Lunatic asylums Madras 1877-1891 - 1877-1891
Year: 1877
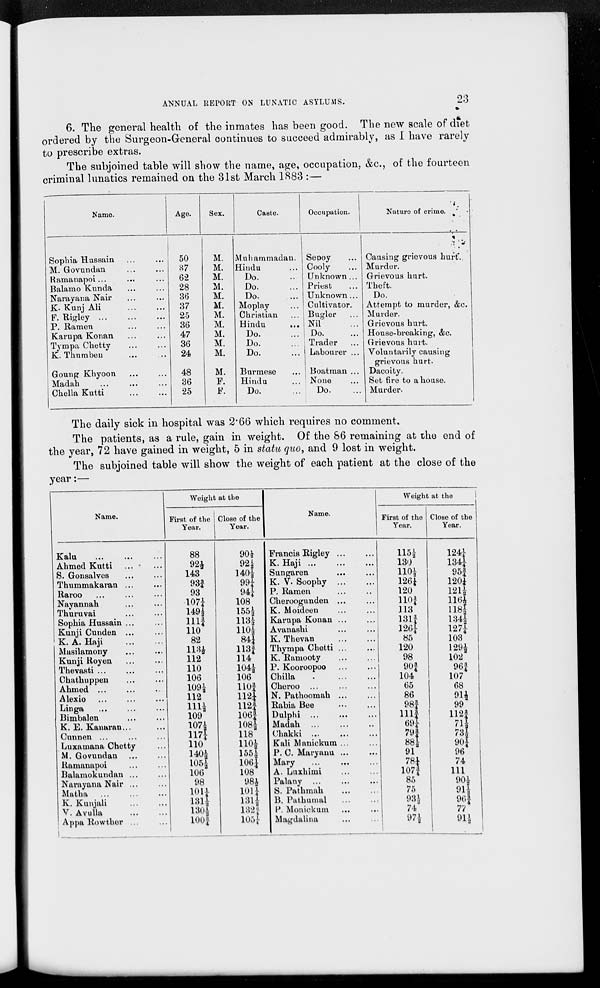
23
ANNUAL REPORT ON LUNATIC ASYLUMS.
6. The general health of the inmates has been good. The new scale of diet
ordered by the Surgeon-General continues to succeed admirably, as I have rarely
to prescribe extras.
The subjoined table will show the name, age, occupation, &c., of the fourteen
criminal lunatics remained on the 31st March 1883 :—
Name.
Sophia Hussain ... ...
M. Govundan ... ...
Ramanapoi ... ... ...
Balamo Kunda ... ...
Narayana Nair ... ...
K. Kunj Ali ... ...
F.
Rigley
...
...
...
P. Ramen ... ...
Karupa Konan ... ...
Tympa Chetty ... ...
K. Thumbeu ... ...
Goung Khyoon ... ...
Madah
...
...
...
Chella Kutti ... ...
Age.
50
37
62
28
36
37
25
36
47
36
24
48
36
25
Sex.
M.
M.
M.
M.
M.
M.
M.
M.
M.
M.
M.
M.
F.
F.
Caste.
Muhammadan.
Hindu ...
Do. ...
Do. ...
Do. ...
Moplay ...
Christian ...
Hindu ...
Do. ...
Do. ...
Do. ...
Burmese ...
Hindu ...
Do. ...
Occupation.
Sepoy ...
Cooly ...
Unknown ...
Priest ...
Unknown ...
Cultivator.
Bugler ...
Nil ...
Do. ...
Trader
...
Labourer ...
Boatman ...
None ...
Do. ...
Nature of crime.
Causing grievous hurt
Murder.
Grievous hurt.
Theft.
Do.
Attempt to murder, &c.
Murder.
Grievous hurt.
House-breaking, &c.
Grievous hurt.
Voluntarily causing
grievous hurt.
Dacoity.
Set fire to a house.
Murder.
The daily sick in hospital was 2.66 which requires no comment.
The patients, as a rule, gain in weight. Of the 86 remaining at the end of
the year, 72 have gained in weight, 5 in statu quo, and 9 lost in weight.
The subjoined table will show the weight of each patient at the close of the
year:—
Name.
Kalu ... ... ...
Ahmed Kutti ... ...
S. Gonsalves ... ...
Thummakaran ... ...
Raroo ... ... ...
Nayannah ... ...
Thuruvai ... ...
Sophia Hussain ... ...
Kunji Cunden ...
K. A. Haji
Masilamony ... ...
Kunji Royen ... ...
Thevasti ... ... ...
Chathuppen ... ...
Ahmed ... ... ...
Alexio ... ... ...
Linga ... ... ...
Bimbalen ... ...
K. E. Kanarnn ... ...
Cunnen ...
Luxamana Chetty ...
M, Govundan ... ...
Ramanapoi ... ...
Balamokundan ... ...
Narayana Nair ... ...
Matha ... ...
K. Kunjali ... ...
V. Avulla ... ...
Appa Rowther ... ...
Weight at the
First of the
Year.
88
92½
143
93¾
93
107¼
149½
111¾
110
82
113½
112
110
106
109½
112
111½
109
107½
117¼
110
140½
105½
106
98
101¼
131½
130½
100¾
Close of the
Year.
90½
92½
140½
99¼
94¼
108
155½
113½
110½
84¼
113¾
114
104½
106
110¾
112¼
112¾
106¾
108½
118
110½ 155½
106¼
108
98½
101¼
131½
132¼
105¼
Name.
Francis Rigley ... ...
K. Haji ... ... ...
Sungaren ... ...
K. V. Soophy ... ...
P. Ramen ... ...
Cheroogunden ... ...
K. Moideen ... ...
Karupa Konan ... ...
Avanashi ... ...
K. Thevan ... ...
Thympa Chetti
...
...
K. Ramooty ... ...
P. Kooroopoo ... ...
Chilla
...
...
Cheroo ... ... ...
N. Pathoomah ... ...
Rabia Bee ... ...
Dulphi ... ... ...
Madah
...
...
...
Chakki
...
...
...
Kali Manickum ... ...
P. C. Maryanu ... ...
Mary ... ... ...
A. Luxhimi ... ...
Palany ... ... ...
S. Pathmah ... ...
B. Pathumal
...
...
P. Monickum ... ...
Magdalina
...
...
Weight at the
First of the
Year.
115½
130
110½ 126¼
120
110¾
113
131¾
126¼
85
120
98
90¾
104
65
86
98¾
111¾
69¼
79¾
88½
91
78¼
107¾
85
75
93½
74
97½
Close of the
Year.
124¼
134¼
95¾
120¼
121½
116½
118½
134½
127¼
103
129½
102
96¾
107
68
91½
99
112¾
71½
73½
90¼
96
74
111
90½
91½
96¾
77
91½